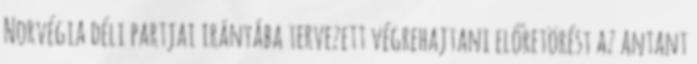
Norvégia déli partjai irányába tervezett végrehajtani előretörést az antant